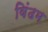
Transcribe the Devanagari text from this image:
विंढम